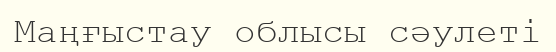
Маңғыстау облысы сәулеті